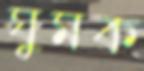
ঘুমক